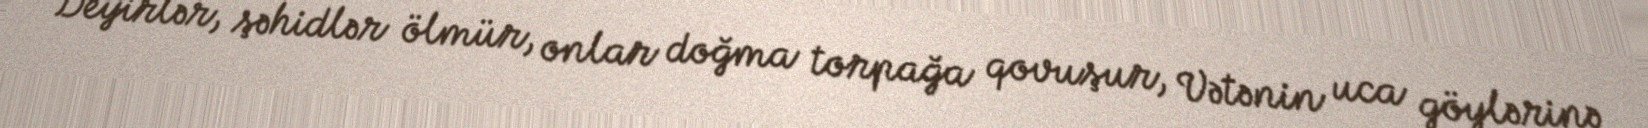
Deyirlər, şəhidlər ölmür, onlar doğma torpağa qovuşur, Vətənin uca göylərinə